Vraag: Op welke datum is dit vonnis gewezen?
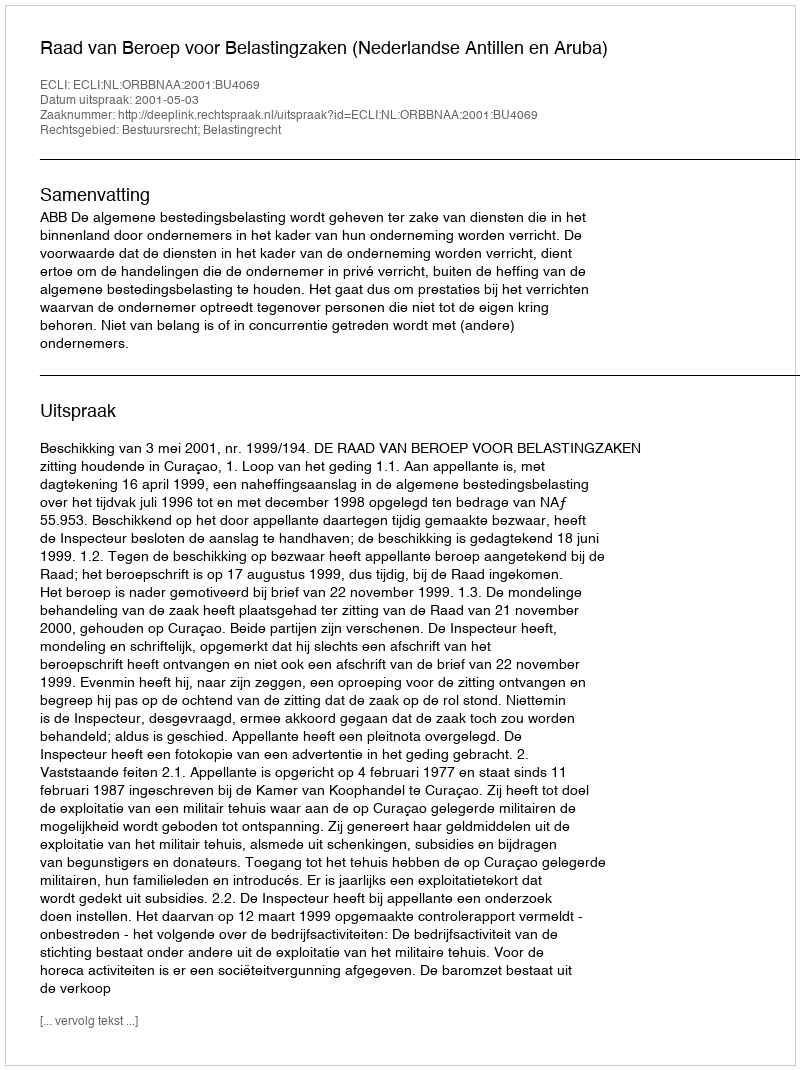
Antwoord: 2001-05-03